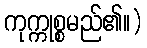
ကုက္ကုစ္စမည်၏။)